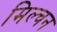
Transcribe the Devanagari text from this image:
मिल्चन